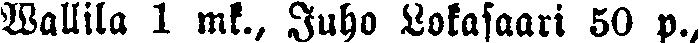
Wallila 1 mk., Juho Lokasaari 50 p.,